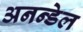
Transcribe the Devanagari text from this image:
अनन्डेल